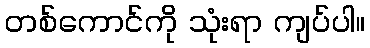
တစ်ကောင်ကို သုံးရာ ကျပ်ပါ။